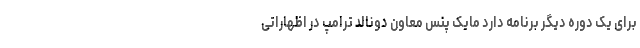
برای یک دوره دیگر برنامه دارد مایک پنس معاون دونالد ترامپ در اظهاراتی